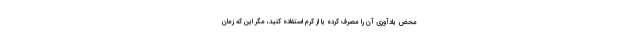
محض یادآوری آن را مصرف کرده یا از کرم استفاده کنید، مگر این که زمان